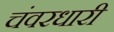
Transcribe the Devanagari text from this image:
चंवरधारी